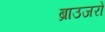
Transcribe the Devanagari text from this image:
ब्राउजरो